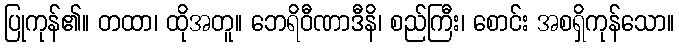
ပြုကုန်၏။ တထာ၊ ထိုအတူ။ ဘေရိဝီဏာဒီနိ၊ စည်ကြီး၊ စောင်း အစရှိကုန်သော။